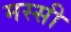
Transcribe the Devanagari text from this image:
मस्सी